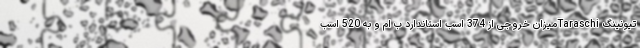
تیونینگ Taraschiمیزان خروجی از 374 اسب استاندارد ب ام و به 520 اسب